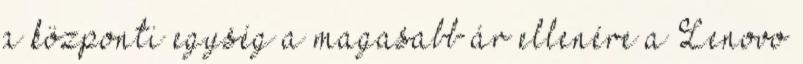
a központi egység a magasabb ár ellenére a Lenovo